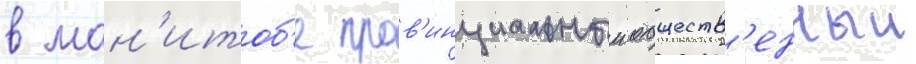
в ман'итоб'е пров'инциальныи обществ'енныи